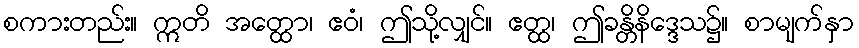
စကားတည်း။ ဣတိ အတ္ထော၊ ဧဝံ၊ ဤသို့လျှင်။ ဧတ္ထ၊ ဤခန္တိနိဒ္ဒေသ၌။ စာမျက်နှာ